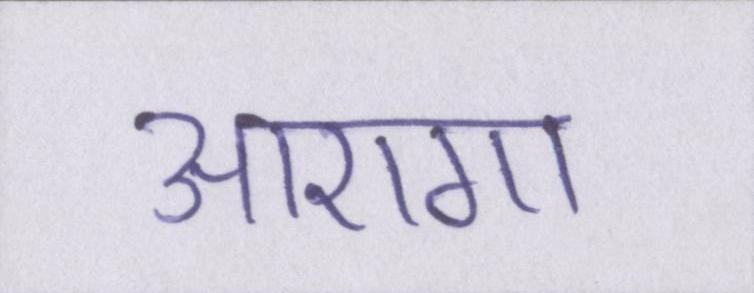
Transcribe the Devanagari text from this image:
आएगा